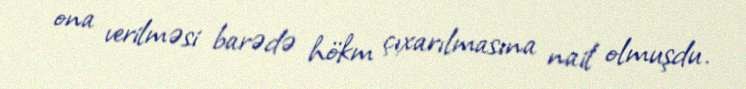
ona verilməsi barədə hökm çıxarılmasına nail olmuşdu.